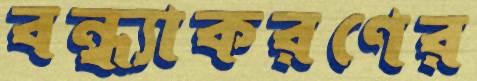
বন্ধ্যাকরণের